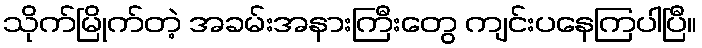
သိုက်မြိုက်တဲ့ အခမ်းအနားကြီးတွေ ကျင်းပနေကြပါပြီ။